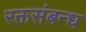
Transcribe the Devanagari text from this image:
रक्तसंबन्ध